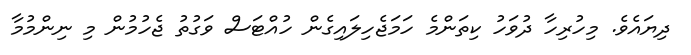
ދިޔައެވެ. މިހުރިހާ ދުވަހު ކިތަންމެ ހަމަޖެހިލައިގެން ހުއްޓަސް ވަގުތު ޖެހުމުން މި ނިންމުމާ